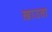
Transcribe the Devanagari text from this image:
ख़ाउता